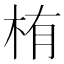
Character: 栯